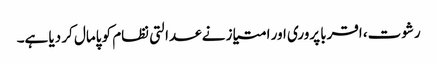
رشوت، اقربا پروری اور امتیاز نے عدالتی نظام کو پامال کر دیا ہے۔